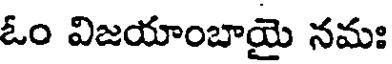
ఓం విజయాంబాయై నమః